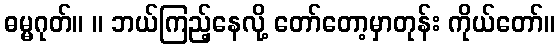
ဓမ္မဂုတ်။ ။ ဘယ်ကြည့်နေလို့ တော်တော့မှာတုန်း ကိုယ်တော်။